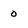
Character: 0